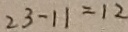
2 3 - 1 1 = 1 2